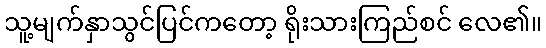
သူ့မျက်နှာသွင်ပြင်ကတော့ ရိုးသားကြည်စင် လေ၏။